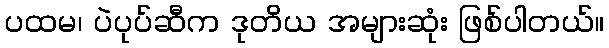
ပထမ၊ ပဲပုပ်ဆီက ဒုတိယ အများဆုံး ဖြစ်ပါတယ်။